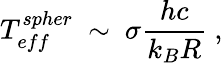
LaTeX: T_{eff}^{spher}\ \sim\ \sigma\frac{hc}{k_{B}R}\ ,